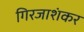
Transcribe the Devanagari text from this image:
गिरजाशंकर